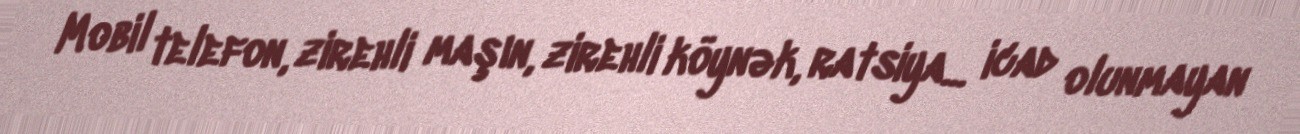
Mobil telefon, zirehli maşın, zirehli köynək, ratsiya... icad olunmayan